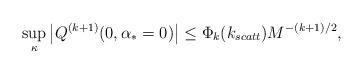
LaTeX: \begin{align*}\sup_{\kappa}\left |Q^{(k+1)}(0,\alpha_*=0)\right | \leq \Phi_k(k_{scatt}) M^{-(k+1)/2},\end{align*}